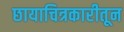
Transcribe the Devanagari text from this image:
छायाचित्रकारीतून